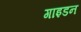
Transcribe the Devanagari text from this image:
गाइडन